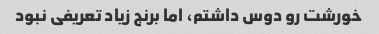
خورشت رو دوس داشتم، اما برنج زیاد تعریفی نبود